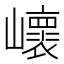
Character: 𡾝